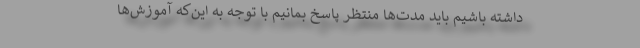
داشته باشیم باید مدت‌ها منتظر پاسخ بمانیم با توجه به این‌که آموزش‌ها